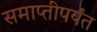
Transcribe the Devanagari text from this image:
समाप्‍तीपर्यंत